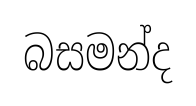
බසමන්ද